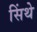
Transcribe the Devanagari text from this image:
सिंथे